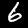
Label: 6